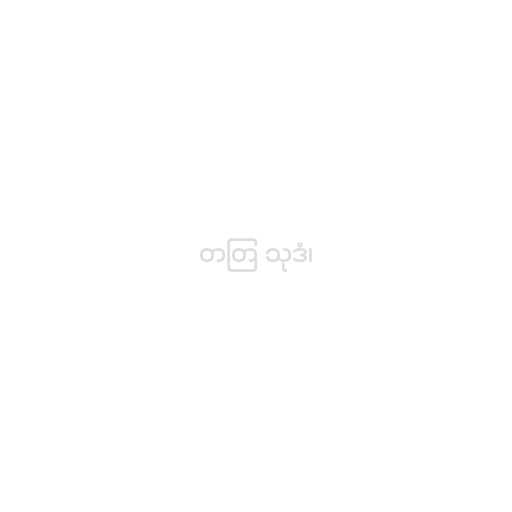
တတြ သုဒံ၊